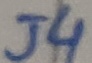
Text: J4